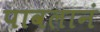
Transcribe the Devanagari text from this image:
पावलानं